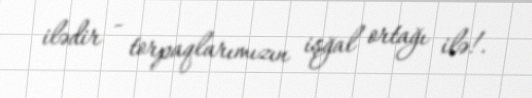
ilədir - torpaqlarımızın işğal ortağı ilə!.